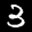
Label: 3